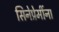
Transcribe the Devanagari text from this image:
सिनेप्रेमींना